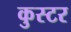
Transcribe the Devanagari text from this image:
कुस्टर